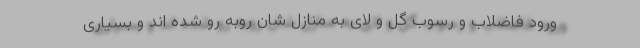
ورود فاضلاب و رسوب گل و لای به منازل شان روبه رو شده اند و بسیاری